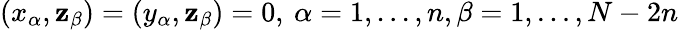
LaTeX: (x_{\alpha},\mathbf{z}_{\beta})=(y_{\alpha},\mathbf{z}_{\beta})=0,\: \alpha=1,...,n,\beta=1,...,N-2n